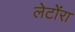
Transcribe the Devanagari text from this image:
लेटोंरा